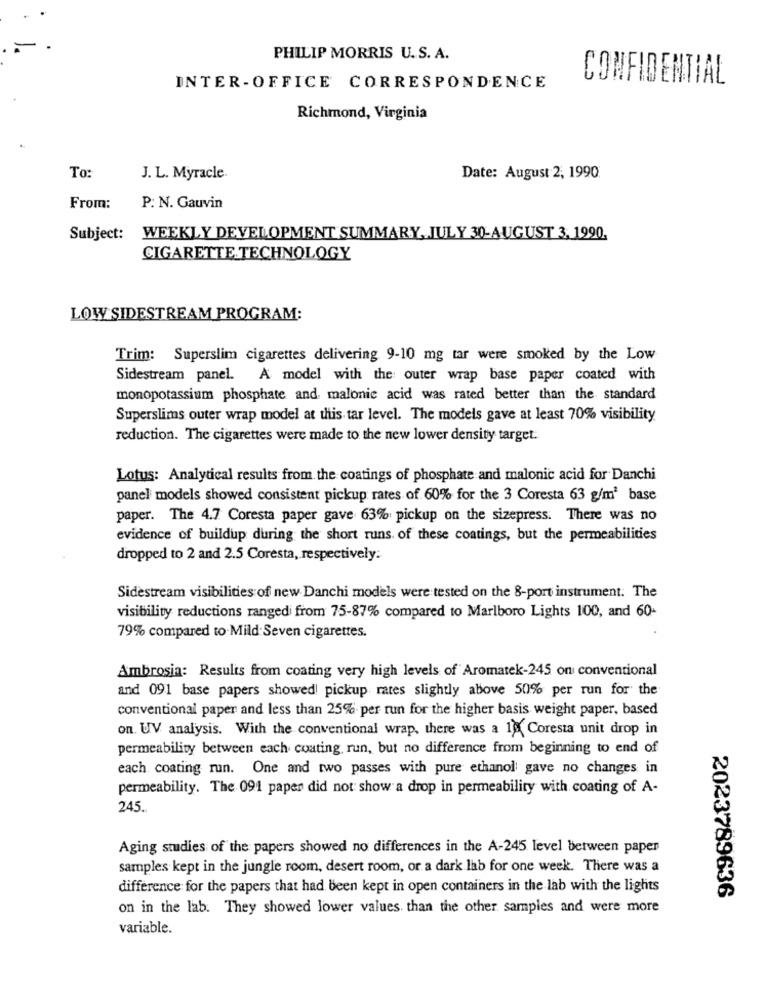
PHILIP MORRIS U. S. A.
CONFIDENTIAL
INTER-OFFICE CORRESPONDENCE
Richmond, Virginia
To:
J. L. Myracle.
Date: August 2, 1990
From:
P: N. Gauvin
Subject:
WEEKLY DEVELOPMENT SUMMARY, JULY 30-AUGUST 3, 1990.
CIGARETTE TECHNOLOGY
LOW SIDESTREAM PROGRAM:
Trim: Superslim cigarettes delivering 9-10 mg tar were smoked by the Low
Sidestream panel. A model with the outer wrap base paper coated with
monopotassium phosphate and malonic acid was rated better than the standard
Superslims outer wrap model at this tar level. The models gave at least 70% visibility
reduction. The cigarettes were made to the new lower density target.
Lotus: Analytical results from the coatings of phosphate and malonic acid for Danchi
panel models showed consistent pickup rates of 60% for the 3 Coresta 63 g/m2 base
paper. The 4.7 Coresta paper gave 63% pickup on the sizepress. There was no
evidence of buildup during the short runs of these coatings, but the permeabilities
dropped to 2 and 2.5 Coresta, respectively.
Sidestream visibilities of new Danchi models were tested on the 8-port instrument. The
visibility reductions rangedi from 75-87% compared to Marlboro Lights 100, and 60-
79% compared to Mild Seven cigarettes.
Ambrosia: Results from coating very high levels of Aromatek-245 on conventional
and 091 base papers showed pickup rates slightly above 50% per run for the
conventional paper and less than 25% per run for the higher basis weight paper, based
on. UV analysis. With the conventional wrap, there was a 1) Coresta unit drop in
permeability between each coating, run, but no difference from beginning to end of
each coating run. One and two passes with pure ethanol gave no changes in
permeability. The 091 paper did not show a drop in permeability with coating of A-
245.
Aging studies of the papers showed no differences in the A-245 level between paper
samples kept in the jungle room, desert room, or a dark lab for one week. There was a
difference for the papers that had been kept in open containers in the lab with the lights
2023789636
on in the lab. They showed lower values than the other samples and were more
variable.